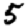
Digit: 5